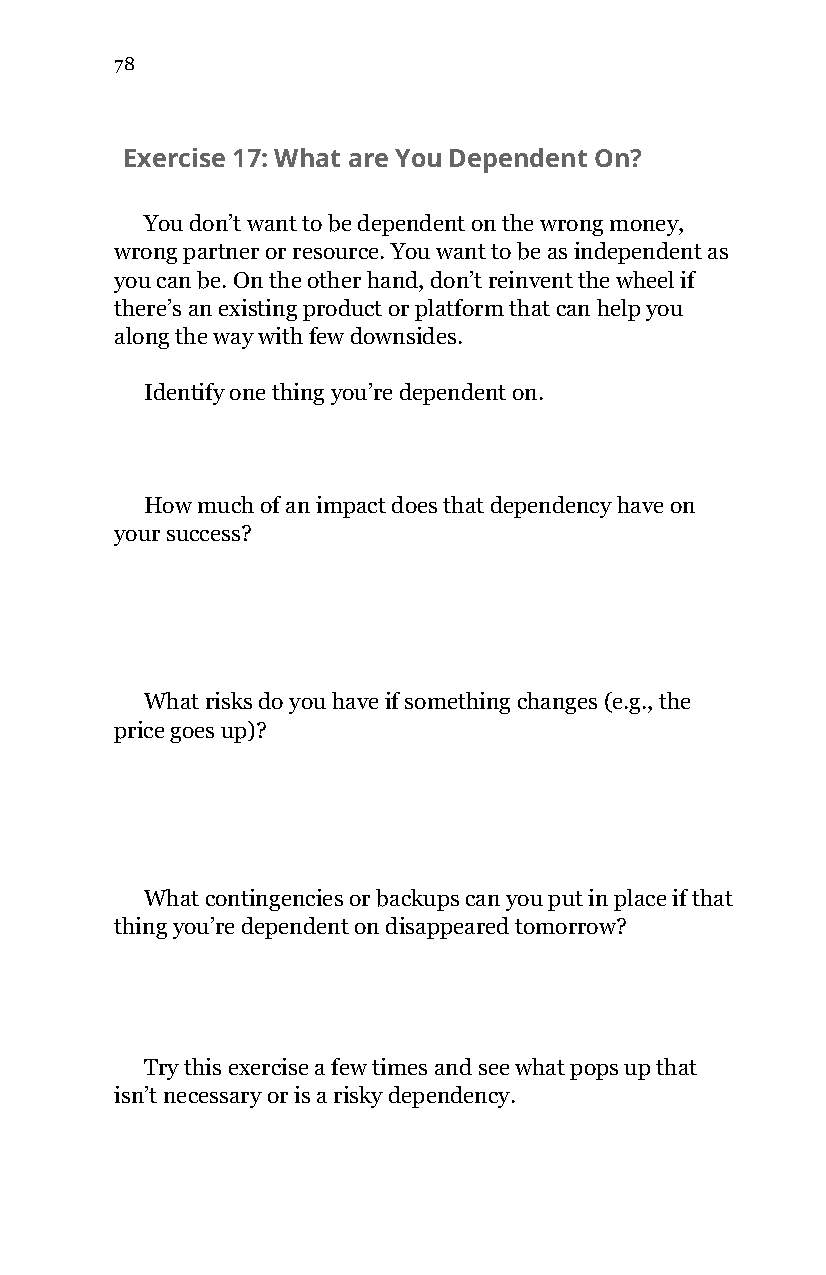
78
 Exercise 17: What are You Dependent On?
 You don’t want to be dependent on the wrong money,
 wrong partner or resource. You want to be as independent as
 you can be. On the other hand, don’t reinvent the wheel if
 there’s an existing product or platform that can help you
 along the way with few downsides.
 Identify one thing you’re dependent on.
 How much of an impact does that dependency have on
 your success?
 What risks do you have if something changes (e.g., the
 price goes up)?
 What contingencies or backups can you put in place if that
 thing you’re dependent on disappeared tomorrow?
 Try this exercise a few times and see what pops up that
 isn’t necessary or is a risky dependency.